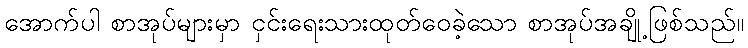
အောက်ပါ စာအုပ်များမှာ ငှင်းရေးသားထုတ်ဝေခဲ့သော စာအုပ်အချို့ဖြစ်သည်။